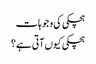
ہچکی کی وجوہات
ہچکی کیوں آتی ہے؟